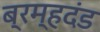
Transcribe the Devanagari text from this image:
ब्रम्हदंड